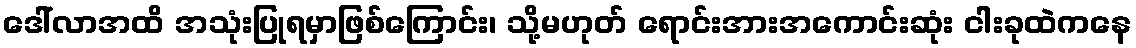
ဒေါ်လာအထိ အသုံးပြုရမှာဖြစ်ကြောင်း၊ သို့မဟုတ် ရောင်းအားအကောင်းဆုံး ငါးခုထဲကနေ